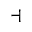
\dashv